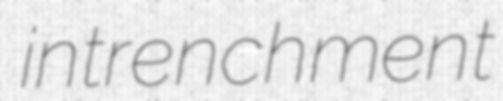
intrenchment